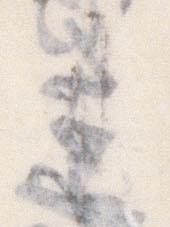
事